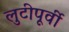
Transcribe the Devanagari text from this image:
लुटीपूर्वी